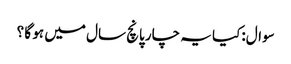
سوال:کیا یہ چار پانچ سال میں ہو گا ؟